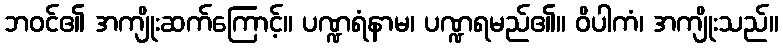
ဘဝင်၏ အကျိုးဆက်ကြောင့်။ ပဏ္ဍရံနာမ၊ ပဏ္ဍရမည်၏။ ဝိပါကံ၊ အကျိုးသည်။